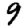
Digit: 9